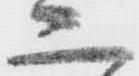
二